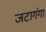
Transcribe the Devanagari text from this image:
जटागंगा